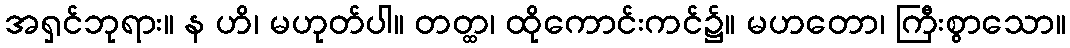
အရှင်ဘုရား။ န ဟိ၊ မဟုတ်ပါ။ တတ္ထ၊ ထိုကောင်းကင်၌။ မဟတော၊ ကြီးစွာသော။